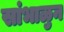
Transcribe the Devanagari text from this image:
सांभाळुन